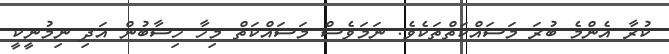
ކުރާ އެންމެ ބުރަ މަސައްކަތްތަކެވެ. ނަމަވެސް މަސައްކަތް މިހާ ހިސާބުން އަދި ނިމުނީކީ